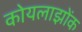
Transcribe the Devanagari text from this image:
कोयलाझोंक